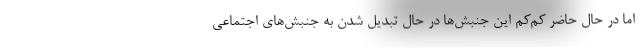
اما در حال حاضر کم‌کم این جنبش‌ها در حال تبدیل شدن به جنبش‌های اجتماعی